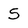
Character: S